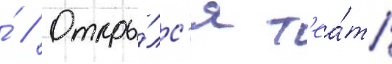
́ // Откры́лс'я т'еа́тр